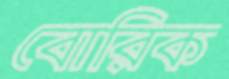
বোরিক